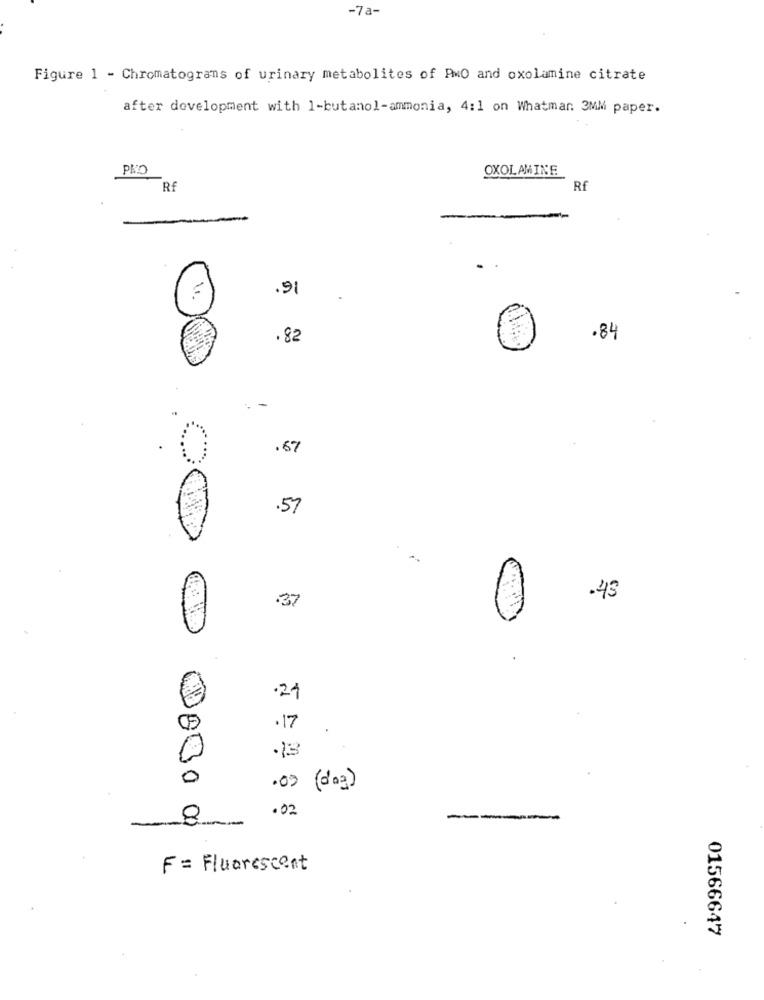
-7a-
Figure 1 - Chromatograms of urinary metabolites of PMO and oxolamine citrate
after development with 1-butanol-ammonia, 4:1 on Whatman. 3MM paper.
PKO
OXOLAMINE
Rf
Rf
.9
.82
.84
.-
.67
.57
.43
.37
. 24
.17
12
0
.03 (dag)
.02
--
F = Fluorescent
01566647